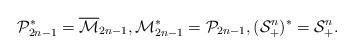
LaTeX: \begin{align*}{\cal P}_{2n-1}^*=\overline{\cal M}_{2n-1}, {\cal M}_{2n-1}^*={\cal P}_{2n-1},(\mathcal{S}_+^n)^*=\mathcal{S}_+^n.\end{align*}